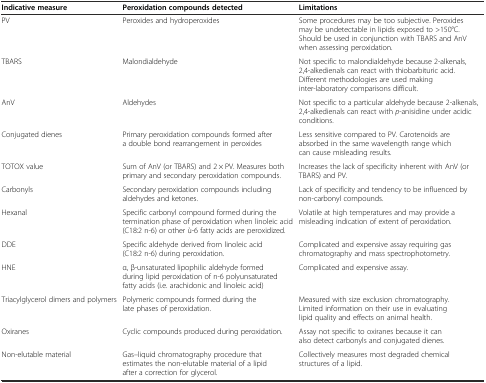
<table><thead><tr><td><b>Indicative measure</b></td><td><b>Peroxidation compounds detected</b></td><td><b>Limitations</b></td></tr></thead><tbody><tr><td>PV</td><td>Peroxides and hydroperoxides</td><td>Some procedures may be too subjective. Peroxides may be undetectable in lipids exposed to &gt;150°C. Should be used in conjunction with TBARS and AnV when assessing peroxidation.</td></tr><tr><td>TBARS</td><td>Malondialdehyde</td><td>Not specific to malondialdehyde because 2-alkenals, 2,4-alkedienals can react with thiobarbituric acid. Different methodologies are used making inter-laboratory comparisons difficult.</td></tr><tr><td>AnV</td><td>Aldehydes</td><td>Not specific to a particular aldehyde because 2-alkenals, 2,4-alkedienals can react with <i>p</i>-anisidine under acidic conditions.</td></tr><tr><td>Conjugated dienes</td><td>Primary peroxidation compounds formed after a double bond rearrangement in peroxides</td><td>Less sensitive compared to PV. Carotenoids are absorbed in the same wavelength range which can cause misleading results.</td></tr><tr><td>TOTOX value</td><td>Sum of AnV (or TBARS) and 2 × PV. Measures both primary and secondary peroxidation compounds.</td><td>Increases the lack of specificity inherent with AnV (or TBARS) and PV.</td></tr><tr><td>Carbonyls</td><td>Secondary peroxidation compounds including aldehydes and ketones.</td><td>Lack of specificity and tendency to be influenced by non-carbonyl compounds.</td></tr><tr><td>Hexanal</td><td>Specific carbonyl compound formed during the termination phase of peroxidation when linoleic acid (C18:2 n-6) or other ù-6 fatty acids are peroxidized.</td><td>Volatile at high temperatures and may provide a misleading indication of extent of peroxidation.</td></tr><tr><td>DDE</td><td>Specific aldehyde derived from linoleic acid (C18:2 n-6) during peroxidation.</td><td>Complicated and expensive assay requiring gas chromatography and mass spectrophotometry.</td></tr><tr><td>HNE</td><td>α, β-unsaturated lipophilic aldehyde formed during lipid peroxidation of n-6 polyunsaturated fatty acids (i.e. arachidonic and linoleic acid)</td><td>Complicated and expensive assay.</td></tr><tr><td>Triacylglycerol dimers and polymers</td><td>Polymeric compounds formed during the late phases of peroxidation.</td><td>Measured with size exclusion chromatography. Limited information on their use in evaluating lipid quality and effects on animal health.</td></tr><tr><td>Oxiranes</td><td>Cyclic compounds produced during peroxidation.</td><td>Assay not specific to oxiranes because it can also detect carbonyls and conjugated dienes.</td></tr><tr><td>Non-elutable material</td><td>Gas–liquid chromatography procedure that estimates the non-elutable material of a lipid after a correction for glycerol.</td><td>Collectively measures most degraded chemical structures of a lipid.</td></tr></tbody></table>